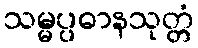
သမ္မပ္ပဓာနသုတ္တံ